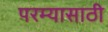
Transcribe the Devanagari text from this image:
परम्यासाठी